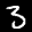
Label: 3